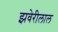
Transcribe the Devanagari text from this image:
झवेरीलाल